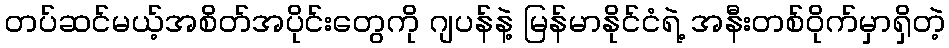
တပ်ဆင်မယ့်အစိတ်အပိုင်းတွေကို ဂျပန်နဲ့ မြန်မာနိုင်ငံရဲ့ အနီးတစ်ဝိုက်မှာရှိတဲ့